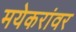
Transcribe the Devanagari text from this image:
मयेकरांवर